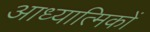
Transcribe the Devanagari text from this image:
आध्यात्मिकों